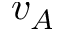
v _ { A }